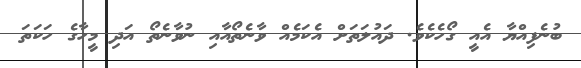
ބުނެފިއްޔާ އެއީ ގޯހެކެވެ. ދައުލަތަށް އެކަމެއް ވާނެތޯއާއި ނުވާނެތޯ އަދި މީހާގެ ހަކަތަ